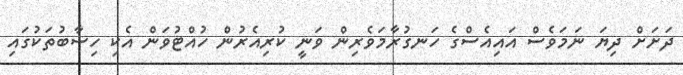
ދަށަށް ދިޔަ ނަމަވެސް އައިއެސްގެ ހަނގުރާމަވެރިން ވަނީ ކުރިއެރުން ހުއްޓުވަން އެކި ހިސާބުތަކުގައި